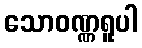
သောဝဏ္ဏရူပါ